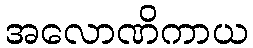
အလောဏိကာယ